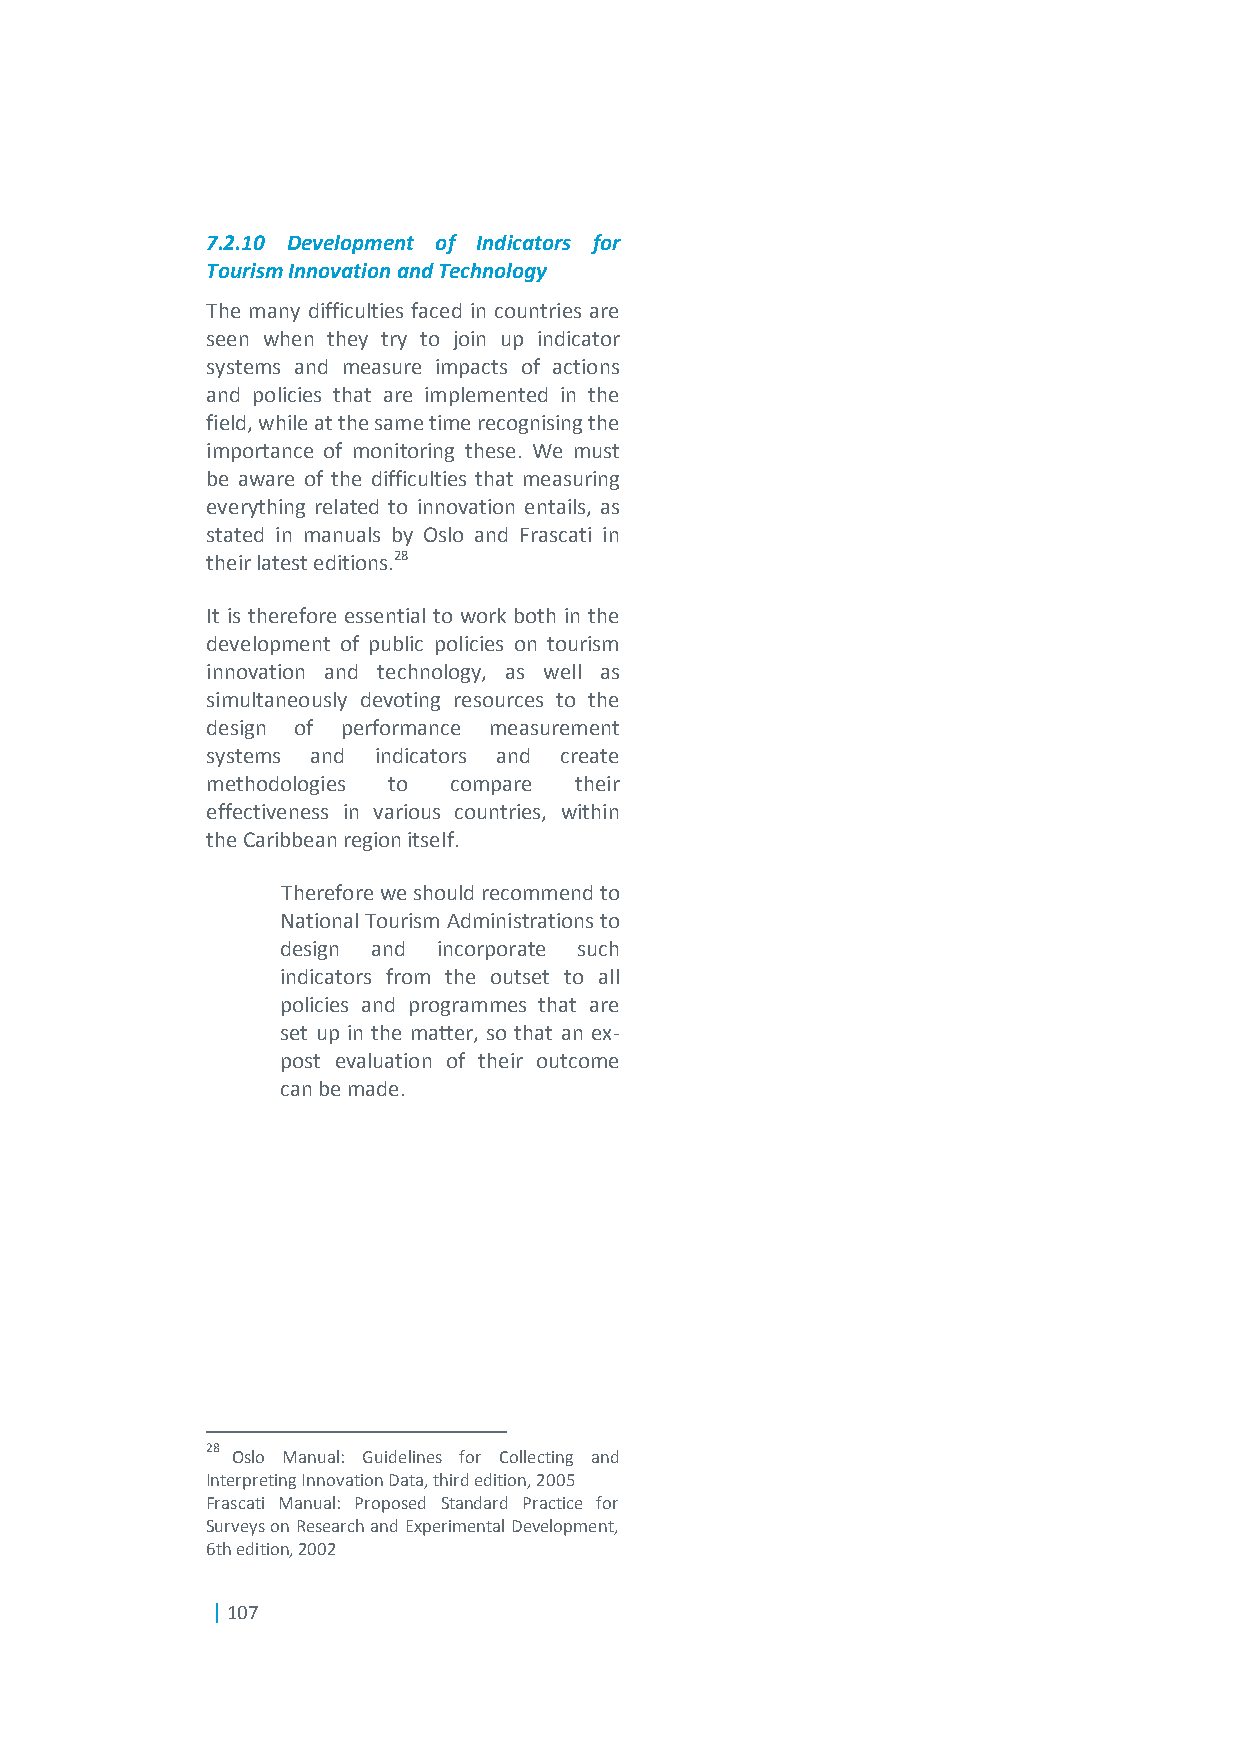
7.2.10 Development of Indicators for
 Tourism Innovation and Technology
 The many difficulties faced in countries are
 seen when they try to join up indicator
 systems and measure impacts of actions
 and policies that are implemented in the
 field, while at the same time recognising the
 importance of monitoring these. We must
 be aware of the difficulties that measuring
 everything related to innovation entails, as
 stated in manuals by Oslo and Frascati in
 their latest editions.28
 It is therefore essential to work both in the
 development of public policies on tourism
 innovation and technology, as well as
 simultaneously devoting resources to the
 design of performance measurement
 systems and indicators and create
 methodologies to compare their
 effectiveness in various countries, within
 the Caribbean region itself.
 Therefore we should recommend to
 National Tourism Administrations to
 design and incorporate such
 indicators from the outset to all
 policies and programmes that are
 set up in the matter, so that an ex-
 post evaluation of their outcome
 can be made.
 28
 Oslo Manual: Guidelines for Collecting and
 Interpreting Innovation Data, third edition, 2005
 Frascati Manual: Proposed Standard Practice for
 Surveys on Research and Experimental Development,
 6th edition, 2002
 | 107